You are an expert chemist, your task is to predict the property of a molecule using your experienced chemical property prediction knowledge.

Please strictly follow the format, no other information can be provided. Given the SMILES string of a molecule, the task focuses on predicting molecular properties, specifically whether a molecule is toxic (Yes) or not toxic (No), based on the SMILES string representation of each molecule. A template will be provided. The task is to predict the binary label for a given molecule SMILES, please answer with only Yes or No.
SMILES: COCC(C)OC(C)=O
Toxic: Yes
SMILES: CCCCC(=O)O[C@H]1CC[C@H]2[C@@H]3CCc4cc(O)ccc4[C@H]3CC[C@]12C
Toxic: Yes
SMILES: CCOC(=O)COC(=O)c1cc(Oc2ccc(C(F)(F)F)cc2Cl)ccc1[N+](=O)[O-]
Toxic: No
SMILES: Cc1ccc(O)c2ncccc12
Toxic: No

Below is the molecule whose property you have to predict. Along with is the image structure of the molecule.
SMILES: CO[Si](CCCNCCN)(OC)OC
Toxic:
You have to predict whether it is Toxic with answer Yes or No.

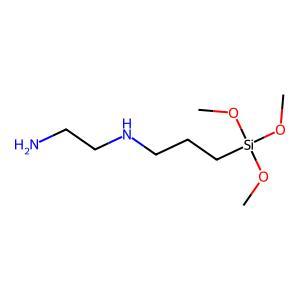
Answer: No